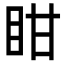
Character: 𭾧